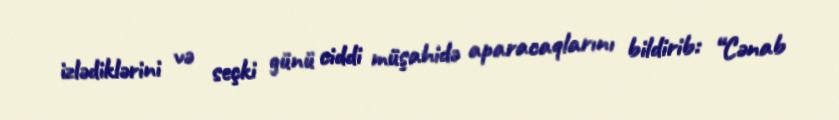
izlədiklərini və seçki günü ciddi müşahidə aparacaqlarını bildirib: “Cənab